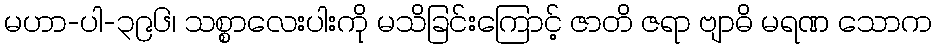
မဟာ-ပါ-၃၉၆၊ သစ္စာလေးပါးကို မသိခြင်းကြောင့် ဇာတိ ဇရာ ဗျာဓိ မရဏ သောက